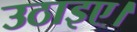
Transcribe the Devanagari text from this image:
उठाइए।